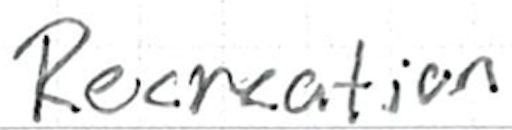
Text: Recreation
Cross-out: clean
Writing tool: ballpoint